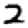
Digit: 2